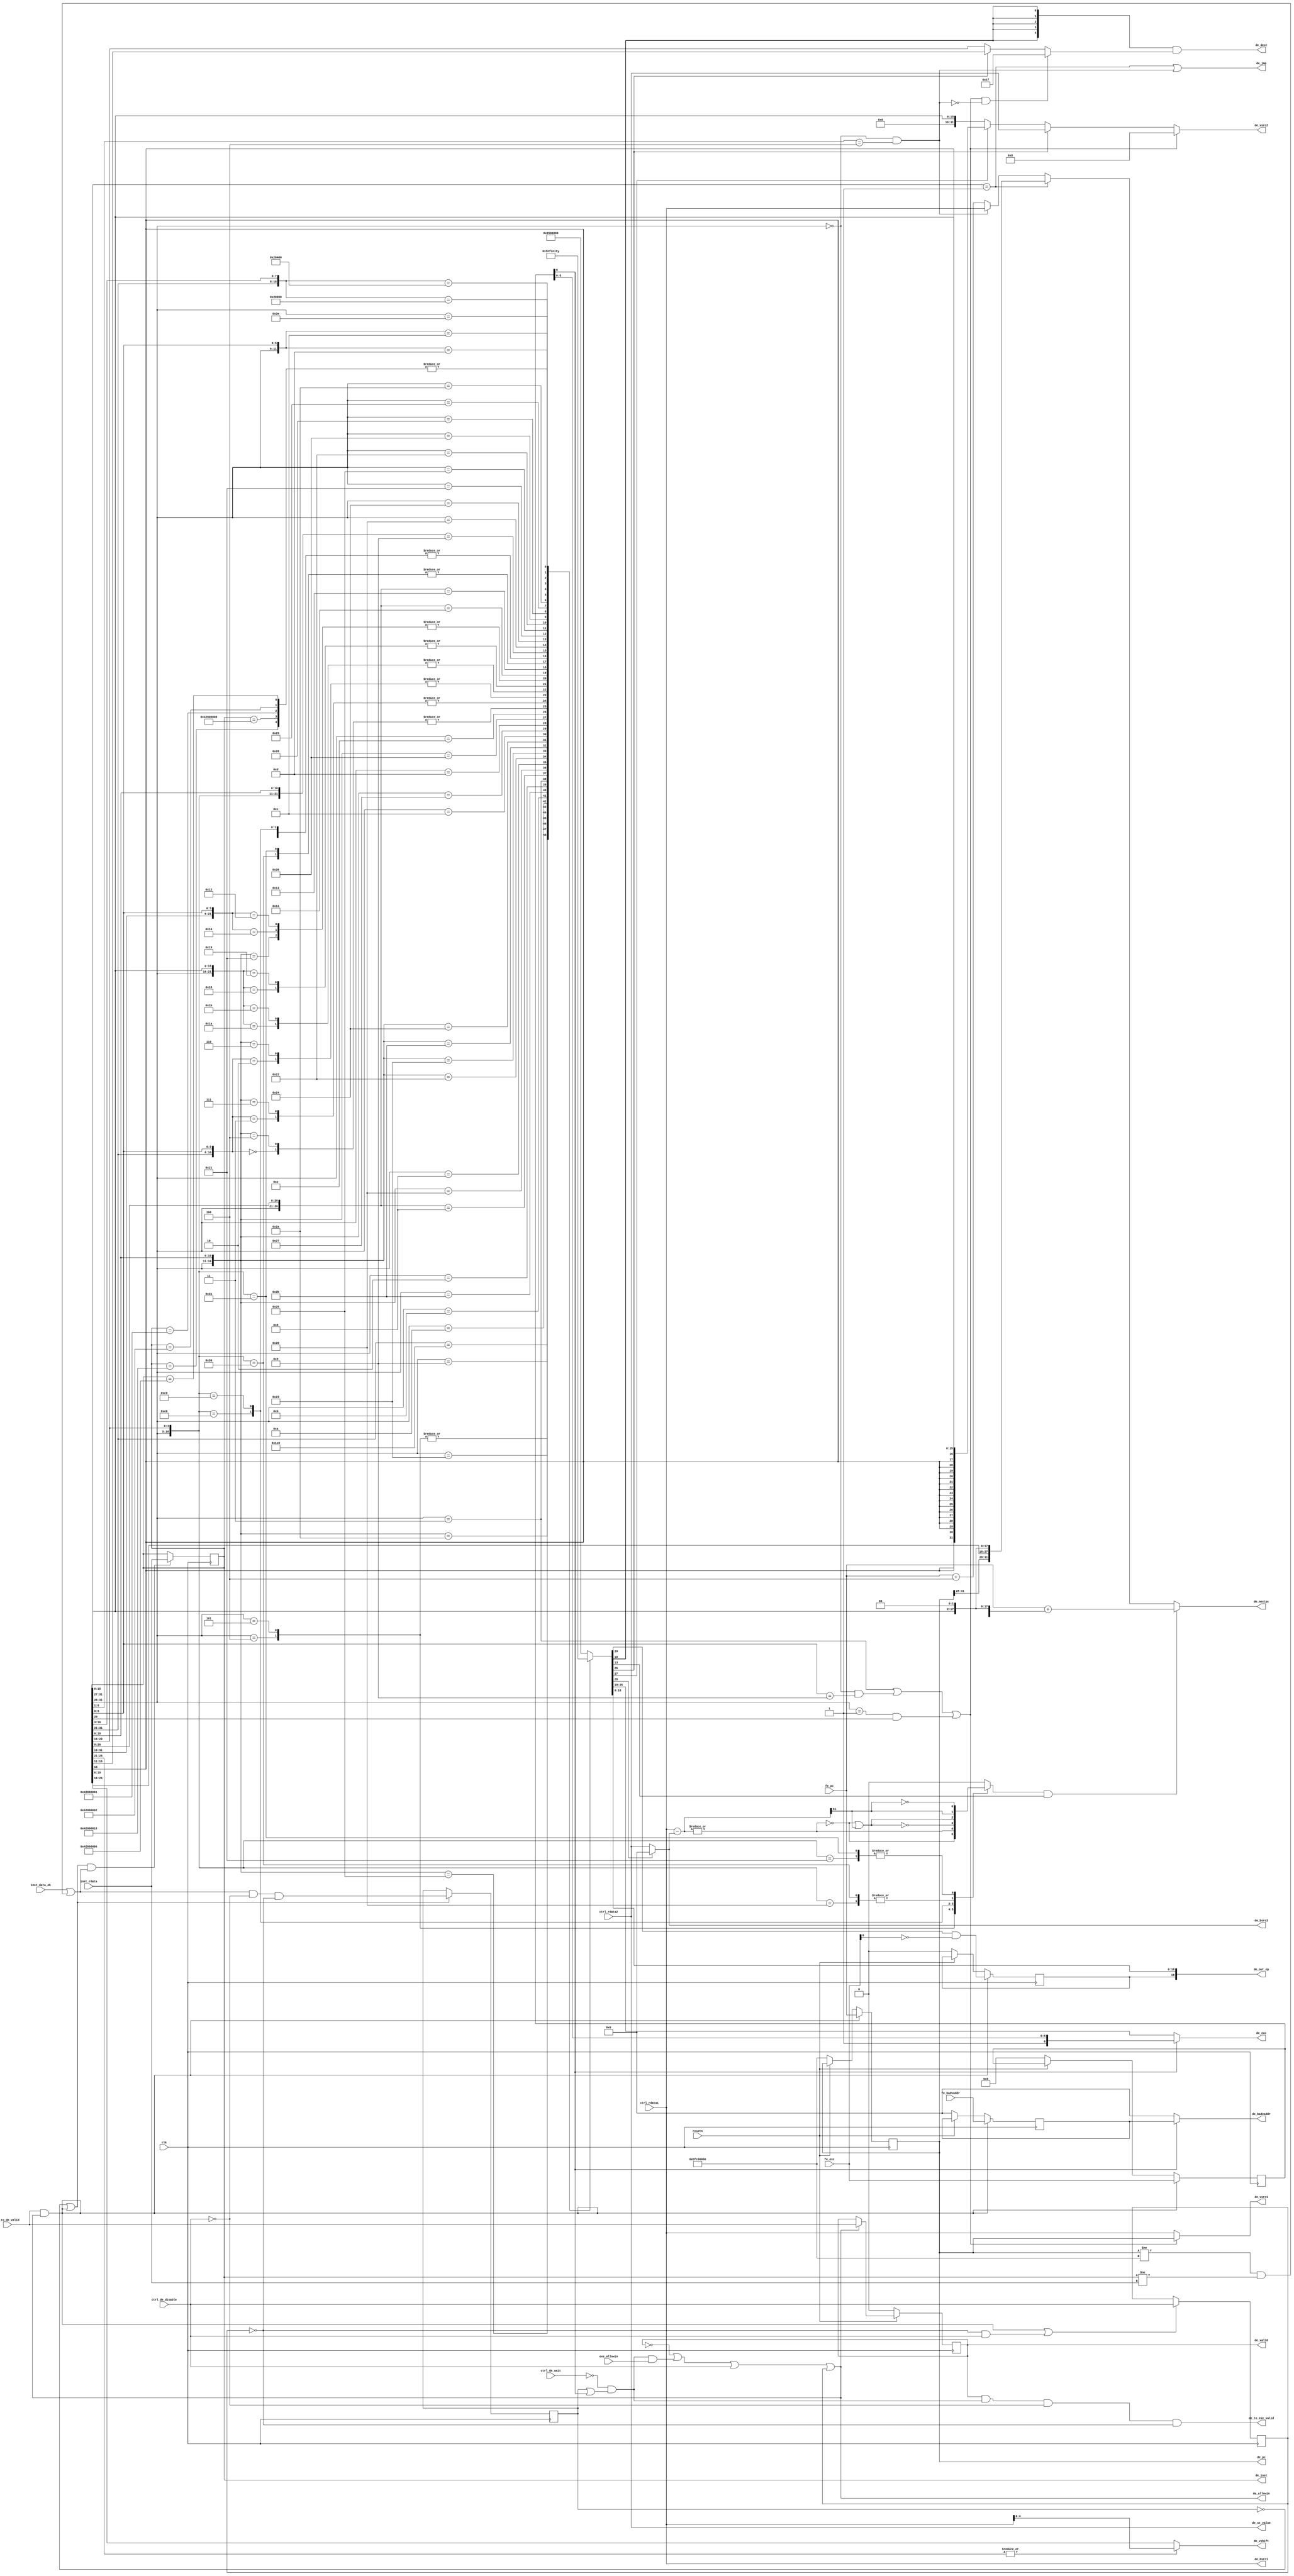

module decode_stage(
    input  wire        clk,
    input  wire        resetn,

    input  wire [31:0] inst_rdata,
    input  wire        inst_data_ok,

    input  wire [31:0] fe_pc,
    input  wire [ 6:0] fe_exc,
    input  wire [31:0] fe_badvaddr,
    output reg  [31:0] de_pc,
    output reg  [31:0] de_inst,
    output wire [ 6:0] de_exc,
    output wire [31:0] de_badvaddr,

    input  wire [31:0] ctrl_rdata1,
    input  wire [31:0] ctrl_rdata2,

    output wire [19:0] de_out_op,
    output wire [ 4:0] de_dest,
    output wire [31:0] de_vsrc1,
    output wire [31:0] de_vsrc2,
    output wire [ 4:0] de_vshift,
    output wire [31:0] de_st_value,
    output wire [31:0] de_nextpc,
    output wire        de_jmp,

    output wire [31:0] de_bsrc1,
    output wire [31:0] de_bsrc2,

    output reg         de_valid,
    input  wire        fe_to_de_valid,
    output wire        de_allowin,
    output wire        de_to_exe_valid,
    input  wire        exe_allowin,

    input  wire        ctrl_de_wait,
    input  wire        ctrl_de_disable
);

wire        de_ready_go;
reg         ctrl_de_disable_r;
reg         inst_data_ok_r;

reg  [ 6:0] prev_exc;
reg  [31:0] prev_badvaddr;

reg  [ 3:0] int_op;
reg  [ 6:0] exc_op;
reg  [18:0] ext_op;

// Internal Op
wire        op_NextDelaySlot;
wire        op_ZeroBranch;
wire        op_Extend;
wire        op_Rtype;

// External Op
reg         op_DelaySlot;
wire        op_MTC0;
wire        op_MFC0;
wire        op_AllowOF;
wire        op_Mult;
wire        op_Div;
wire        op_Branch;
wire        op_HIWrite;
wire        op_LOWrite;
wire        op_RegWrite;
wire [ 2:0] op_SaveMem;  // '011-SWR '010-SWL '001-SW  '000-None
                         // '111-SH  '110-SB
wire [ 2:0] op_LoadMem;  // '011-LWR '010-LWL '001-LW  '000-None
                         // '111-LH  '110-LB  '101-LHU '100-LBU
wire [ 3:0] op_aluop;


wire [31:0] sign_extend;
wire [31:0] zero_extend;

// More Op
wire        op_j;
wire        op_jr;
wire        op_Link;
wire        op_jmp;

always @(posedge clk) begin
    if(!resetn) begin
        de_pc          <= 32'hbfc00000;
        prev_exc       <= 7'd0;
        prev_badvaddr  <= 32'd0;
        op_DelaySlot   <= 1'b0;
        de_valid       <= 1'b0;
    end
    else if(de_allowin) begin
        de_valid       <= fe_to_de_valid;
    end
    if(fe_to_de_valid && de_allowin) begin
        de_pc          <= fe_pc;
        prev_exc       <= fe_exc;
        prev_badvaddr  <= fe_badvaddr;
        op_DelaySlot   <= op_NextDelaySlot & ~fe_exc[6];
    end
    if((!inst_data_ok_r || fe_to_de_valid && de_allowin) && (inst_data_ok || de_pc != 32'hbfc00000 && de_inst != inst_rdata)) begin
        de_inst        <= inst_rdata;
    end
    if(!inst_data_ok_r || fe_to_de_valid && de_allowin) begin
        inst_data_ok_r <= (inst_data_ok || (de_pc != 32'hbfc00000 && de_inst != inst_rdata)) && !ctrl_de_disable && !ctrl_de_disable_r;
    end
    if(fe_to_de_valid && de_allowin || !ctrl_de_disable_r && ctrl_de_disable) begin
        ctrl_de_disable_r <= ctrl_de_disable;
    end
end

always @(*) begin
    casex(de_inst)
    32'b001111_00000_?????_?????_?????_??????: {int_op, exc_op, ext_op} = 30'b0000_00_00000_000000001_000_000_1011; // LUI
    32'b000000_?????_?????_?????_00000_100001: {int_op, exc_op, ext_op} = 30'b0001_00_00000_000000001_000_000_0000; // ADDU
    32'b001001_?????_?????_?????_?????_??????: {int_op, exc_op, ext_op} = 30'b0010_00_00000_000000001_000_000_0000; // ADDIU
    32'b000100_?????_?????_?????_?????_??????: {int_op, exc_op, ext_op} = 30'b1001_00_00000_000001000_000_000_0000; // BEQ
    32'b000101_?????_?????_?????_?????_??????: {int_op, exc_op, ext_op} = 30'b1001_00_00000_000001000_000_000_0000; // BNE
    32'b100011_?????_?????_?????_?????_??????: {int_op, exc_op, ext_op} = 30'b0010_00_00000_000000001_000_001_0000; // LW
    32'b000000_?????_?????_?????_00000_100101: {int_op, exc_op, ext_op} = 30'b0001_00_00000_000000001_000_000_0110; // OR
    32'b000000_?????_?????_?????_00000_101010: {int_op, exc_op, ext_op} = 30'b0001_00_00000_000000001_000_000_0010; // SLT
    32'b001010_?????_?????_?????_?????_??????: {int_op, exc_op, ext_op} = 30'b0010_00_00000_000000001_000_000_0010; // SLTI
    32'b001011_?????_?????_?????_?????_??????: {int_op, exc_op, ext_op} = 30'b0010_00_00000_000000001_000_000_0011; // SLTIU
    32'b000000_00000_?????_?????_?????_000000: {int_op, exc_op, ext_op} = 30'b0001_00_00000_000000001_000_000_1000; // SLL
    32'b101011_?????_?????_?????_?????_??????: {int_op, exc_op, ext_op} = 30'b0010_00_00000_000000000_001_000_0000; // SW
    32'b000010_?????_?????_?????_?????_??????: {int_op, exc_op, ext_op} = 30'b1000_00_00000_000000000_000_000_0000; // J
    32'b000011_?????_?????_?????_?????_??????: {int_op, exc_op, ext_op} = 30'b1000_00_00000_000000001_000_000_0000; // JAL
    32'b000000_?????_00000_00000_00000_001000: {int_op, exc_op, ext_op} = 30'b1001_00_00000_000000000_000_000_0000; // JR
    32'b000000_?????_?????_?????_00000_100000: {int_op, exc_op, ext_op} = 30'b0001_00_00000_001000001_000_000_0000; // ADD
    32'b001000_?????_?????_?????_?????_??????: {int_op, exc_op, ext_op} = 30'b0010_00_00000_001000001_000_000_0000; // ADDI
    32'b000000_?????_?????_?????_00000_100010: {int_op, exc_op, ext_op} = 30'b0001_00_00000_001000001_000_000_0001; // SUB
    32'b000000_?????_?????_?????_00000_100011: {int_op, exc_op, ext_op} = 30'b0001_00_00000_000000001_000_000_0001; // SUBU
    32'b000000_?????_?????_?????_00000_101011: {int_op, exc_op, ext_op} = 30'b0001_00_00000_000000001_000_000_0011; // SLTU
    32'b000000_?????_?????_?????_00000_100100: {int_op, exc_op, ext_op} = 30'b0001_00_00000_000000001_000_000_0100; // AND
    32'b001100_?????_?????_?????_?????_??????: {int_op, exc_op, ext_op} = 30'b0000_00_00000_000000001_000_000_0100; // ANDI
    32'b000000_?????_?????_?????_00000_100111: {int_op, exc_op, ext_op} = 30'b0001_00_00000_000000001_000_000_0101; // NOR
    32'b001101_?????_?????_?????_?????_??????: {int_op, exc_op, ext_op} = 30'b0000_00_00000_000000001_000_000_0110; // ORI
    32'b000000_?????_?????_?????_00000_100110: {int_op, exc_op, ext_op} = 30'b0001_00_00000_000000001_000_000_0111; // XOR
    32'b001110_?????_?????_?????_?????_??????: {int_op, exc_op, ext_op} = 30'b0000_00_00000_000000001_000_000_0111; // XORI
    32'b000000_?????_?????_?????_00000_000100: {int_op, exc_op, ext_op} = 30'b0001_00_00000_000000001_000_000_1000; // SLLV
    32'b000000_00000_?????_?????_?????_000011: {int_op, exc_op, ext_op} = 30'b0001_00_00000_000000001_000_000_1010; // SRA
    32'b000000_?????_?????_?????_00000_000111: {int_op, exc_op, ext_op} = 30'b0001_00_00000_000000001_000_000_1010; // SRAV
    32'b000000_00000_?????_?????_?????_000010: {int_op, exc_op, ext_op} = 30'b0001_00_00000_000000001_000_000_1001; // SRL
    32'b000000_?????_?????_?????_00000_000110: {int_op, exc_op, ext_op} = 30'b0001_00_00000_000000001_000_000_1001; // SRLV
    32'b000000_?????_?????_00000_00000_011010: {int_op, exc_op, ext_op} = 30'b0001_00_00000_000010110_000_000_0000; // DIV
    32'b000000_?????_?????_00000_00000_011011: {int_op, exc_op, ext_op} = 30'b0001_00_00000_000010110_000_000_0000; // DIVU
    32'b000000_?????_?????_00000_00000_011000: {int_op, exc_op, ext_op} = 30'b0001_00_00000_000100110_000_000_0000; // MULT
    32'b000000_?????_?????_00000_00000_011001: {int_op, exc_op, ext_op} = 30'b0001_00_00000_000100110_000_000_0000; // MULTU
    32'b000000_00000_00000_?????_?????_010000: {int_op, exc_op, ext_op} = 30'b0001_00_00000_000000001_000_000_0000; // MFHI
    32'b000000_00000_00000_?????_?????_010010: {int_op, exc_op, ext_op} = 30'b0001_00_00000_000000001_000_000_0000; // MFLO
    32'b000000_?????_00000_00000_00000_010001: {int_op, exc_op, ext_op} = 30'b0001_00_00000_000000100_000_000_0000; // MTHI
    32'b000000_?????_00000_00000_00000_010011: {int_op, exc_op, ext_op} = 30'b0001_00_00000_000000010_000_000_0000; // MTLO
    32'b000001_?????_00000_?????_?????_??????: {int_op, exc_op, ext_op} = 30'b1101_00_00000_000001000_000_000_0000; // BLTZ
    32'b000001_?????_00001_?????_?????_??????: {int_op, exc_op, ext_op} = 30'b1101_00_00000_000001000_000_000_0000; // BGEZ
    32'b000001_?????_10000_?????_?????_??????: {int_op, exc_op, ext_op} = 30'b1101_00_00000_000001001_000_000_0000; // BLTZAL
    32'b000001_?????_10001_?????_?????_??????: {int_op, exc_op, ext_op} = 30'b1101_00_00000_000001001_000_000_0000; // BGEZAL
    32'b000111_?????_00000_?????_?????_??????: {int_op, exc_op, ext_op} = 30'b1101_00_00000_000001000_000_000_0000; // BGTZ
    32'b000110_?????_00000_?????_?????_??????: {int_op, exc_op, ext_op} = 30'b1101_00_00000_000001000_000_000_0000; // BLEZ
    32'b000000_?????_00000_?????_00000_001001: {int_op, exc_op, ext_op} = 30'b1001_00_00000_000000001_000_000_0000; // JALR
    32'b100000_?????_?????_?????_?????_??????: {int_op, exc_op, ext_op} = 30'b0010_00_00000_000000001_000_110_0000; // LB
    32'b100100_?????_?????_?????_?????_??????: {int_op, exc_op, ext_op} = 30'b0010_00_00000_000000001_000_100_0000; // LBU
    32'b100001_?????_?????_?????_?????_??????: {int_op, exc_op, ext_op} = 30'b0010_00_00000_000000001_000_111_0000; // LH
    32'b100101_?????_?????_?????_?????_??????: {int_op, exc_op, ext_op} = 30'b0010_00_00000_000000001_000_101_0000; // LHU
    32'b100010_?????_?????_?????_?????_??????: {int_op, exc_op, ext_op} = 30'b0010_00_00000_000000001_000_010_0000; // LWL
    32'b100110_?????_?????_?????_?????_??????: {int_op, exc_op, ext_op} = 30'b0010_00_00000_000000001_000_011_0000; // LWR
    32'b101000_?????_?????_?????_?????_??????: {int_op, exc_op, ext_op} = 30'b0010_00_00000_000000000_110_000_0000; // SB
    32'b101001_?????_?????_?????_?????_??????: {int_op, exc_op, ext_op} = 30'b0010_00_00000_000000000_111_000_0000; // SH
    32'b101010_?????_?????_?????_?????_??????: {int_op, exc_op, ext_op} = 30'b0010_00_00000_000000000_010_000_0000; // SWL
    32'b101110_?????_?????_?????_?????_??????: {int_op, exc_op, ext_op} = 30'b0010_00_00000_000000000_011_000_0000; // SWR
    32'b010000_00100_?????_?????_00000_000???: {int_op, exc_op, ext_op} = 30'b0001_00_00000_100000000_000_000_0000; // MTC0
    32'b010000_00000_?????_?????_00000_000???: {int_op, exc_op, ext_op} = 30'b0000_00_00000_010000001_000_000_0000; // MFC0
    32'b010000_10000_00000_00000_00000_011000: {int_op, exc_op, ext_op} = 30'b0000_00_00000_000000000_000_000_0000; // ERET
    32'b000000_?????_?????_?????_?????_001100: {int_op, exc_op, ext_op} = 30'b0000_10_01000_000000000_000_000_0000; // SYSCALL
    32'b000000_?????_?????_?????_?????_001101: {int_op, exc_op, ext_op} = 30'b0000_10_01001_000000000_000_000_0000; // BREAK
    32'b010000_10000_00000_00000_00000_001000: {int_op, exc_op, ext_op} = 30'b0000_00_00000_000000000_000_000_0000; // TLBP
    32'b010000_10000_00000_00000_00000_000001: {int_op, exc_op, ext_op} = 30'b0000_00_00000_000000000_000_000_0000; // TLBR
    32'b010000_10000_00000_00000_00000_000010: {int_op, exc_op, ext_op} = 30'b0000_00_00000_000000000_000_000_0000; // TLBWI
    32'b010000_10000_00000_00000_00000_000110: {int_op, exc_op, ext_op} = 30'b0000_00_00000_000000000_000_000_0000; // TLBWR
    default                                  : {int_op, exc_op, ext_op} = 30'b0000_10_01010_000000000_000_000_0000; // RI
    endcase
end

assign op_NextDelaySlot = int_op[3];
assign op_ZeroBranch    = int_op[2];
assign op_Extend        = int_op[1];
assign op_Rtype         = int_op[0];

// assign op_DelaySlot  = ext_op[19];
assign op_MTC0       = ext_op[18];
assign op_MFC0       = ext_op[17];
assign op_AllowOF    = ext_op[16];
assign op_Mult       = ext_op[15];
assign op_Div        = ext_op[14];
assign op_Branch     = ext_op[13];
assign op_HIWrite    = ext_op[12];
assign op_LOWrite    = ext_op[11];
assign op_RegWrite   = ext_op[10];
assign op_SaveMem    = ext_op[9:7];
assign op_LoadMem    = ext_op[6:4];
assign op_aluop      = ext_op[3:0];

assign op_j    = (de_inst[31:27] == 5'b00001);
assign op_jr   = (de_inst[31:26] == 6'd0 && de_inst[5:1] == 5'b00100 );
assign op_Link = (de_inst[31:26] == 6'b000011)
              || (de_inst[31:26] == 6'd0 && de_inst[5:0] == 6'b001001)
              || (de_inst[31:26] == 6'd1 && de_inst[20]  == 1'b1     );

assign sign_extend = {{16{de_inst[15]}}, de_inst[15:0]};
assign zero_extend = {16'd0, de_inst[15:0]};

assign de_out_op   = {op_DelaySlot, ext_op};
assign de_dest     = {5{op_RegWrite}} & ((op_Link & ~op_jr) ? 5'd31 :
                     op_Rtype ? de_inst[15:11] : de_inst[20:16]);

assign de_vsrc1    = op_Link ? de_pc : ctrl_rdata1;
assign de_vsrc2    = op_Link       ? 32'd8 :
                     op_Rtype      ? ctrl_rdata2 :
                     op_Extend     ? sign_extend : zero_extend;

assign de_bsrc1    = ctrl_rdata1;
assign de_bsrc2    = op_ZeroBranch ? 32'd0 : ctrl_rdata2;

wire [31:0] de_bresult;
wire        br_ez;
wire        br_lz;
reg         br_taken;

assign de_bresult  = de_bsrc1 - de_bsrc2;
assign br_ez            = ~|de_bresult;
assign br_lz            = de_bresult[31];

always @(*) begin
    casex({de_inst[31:26], de_inst[20:16]})
    11'b000100_?????: br_taken = br_ez;
    11'b000101_?????: br_taken = ~br_ez;
    11'b000001_00001: br_taken = ~br_lz;
    11'b000111_00000: br_taken = ~(br_ez | br_lz);
    11'b000110_00000: br_taken = br_ez | br_lz;
    11'b000001_00000: br_taken = br_lz;
    11'b000001_10000: br_taken = br_lz;
    11'b000001_10001: br_taken = ~br_lz;
    default         : br_taken = 1'b0;
    endcase
end

assign de_vshift   = (|de_inst[25:21]) ? ctrl_rdata1[4:0] : de_inst[10:6];
assign de_st_value = ctrl_rdata2;
assign de_nextpc   = (br_taken & op_Branch) ? fe_pc + {{14{de_inst[15]}}, de_inst[15:0], 2'd0}:
                     op_j      ? {de_pc[31:28], de_inst[25:0], 2'd0}:
                     op_jr     ? ctrl_rdata1 : fe_pc + 32'd4;
assign op_jmp      = op_j | op_jr;
assign de_jmp      = op_jmp;

assign de_exc      = prev_exc[6] ? prev_exc : exc_op;
assign de_badvaddr = prev_exc[6] ? prev_badvaddr : 32'd0;

// assign de_ready_go     = !ctrl_de_wait && (inst_data_ok || inst_data_ok_r);
assign de_ready_go     = !ctrl_de_wait && (inst_data_ok_r || prev_exc[6]);
assign de_allowin      = !de_valid || de_ready_go && exe_allowin || ctrl_de_disable || ctrl_de_disable_r;
assign de_to_exe_valid = de_valid && de_ready_go && (!ctrl_de_disable) && (!ctrl_de_disable_r);

endmodule